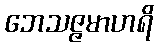
ဘေသဇ္ဇမာဟရိ